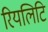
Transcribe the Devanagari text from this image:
रियलिटि